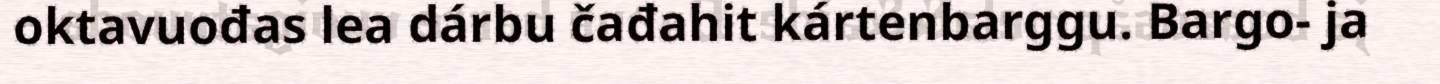
oktavuođas lea dárbu čađahit kártenbarggu. Bargo- ja